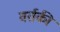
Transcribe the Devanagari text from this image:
वर्तकी